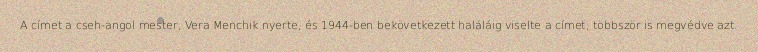
A címet a cseh-angol mester, Vera Menchik nyerte, és 1944-ben bekövetkezett haláláig viselte a címet, többször is megvédve azt.